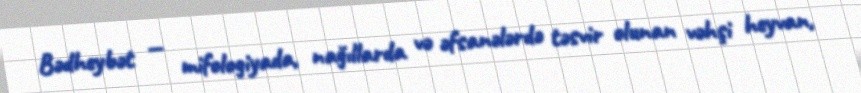
Bədheybət — mifologiyada, nağıllarda və əfsanələrdə təsvir olunan vəhşi heyvan,